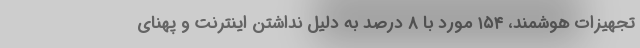
تجهیزات هوشمند، ۱۵۴ مورد با ۸ درصد به دلیل نداشتن اینترنت و پهنای